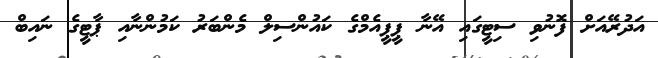
އަދުރޭއަށް ފޮނުވި ސިޓީގައި އޭނާ ޕީޕީއެމްގެ ކައުންސިލް މެންބަރު ކަމުންނާއި ޕާޓީގެ ނައިބް